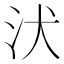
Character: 汱